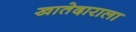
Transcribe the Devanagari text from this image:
खातेदाराला